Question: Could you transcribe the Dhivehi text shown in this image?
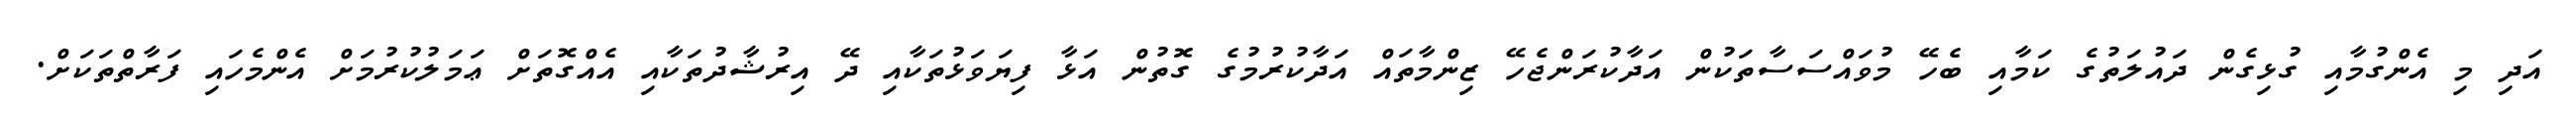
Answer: އަދި މި އެންގުމާއި ގުޅިގެން ދައުލަތުގެ ކަމާއި ބެހޭ މުވައްސަސާތަކުން އަދާކުރަންޖެހޭ ޒިންމާތައް އަދާކުރުމުގެ ގޮތުން އަޅާ ފިޔަވަޅުތަކާއި ދޭ އިރުޝާދުތަކާއި އެއްގޮތަށް ޢަމަލުކުރުމަށް އެންމެހައި ފަރާތްތަކަށް.